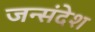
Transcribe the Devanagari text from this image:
जन्संदेश